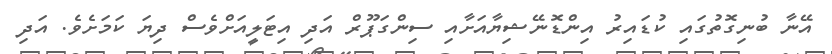
އޭނާ ބުނިގޮތުގައި ކުޑައިރު އިންޑޮނޭޝިޔާއަށާއި ސިންގަޕޫރް އަދި އިޓަލީއަށްވެސް ދިޔަ ކަމަށެވެ. އަދި